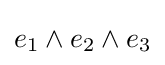
{e}_{1}\wedge {e}_{2}\wedge {e}_{3}